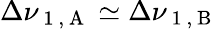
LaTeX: \Delta\nu_{\mathrm{~1~,~A~}}\simeq\Delta\nu_{\mathrm{~1~,~B~}}